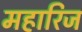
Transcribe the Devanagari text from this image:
महारिज